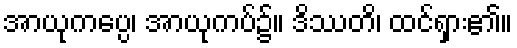
အာယုကပ္ပေ၊ အာယုကပ်၌။ ဒိဿတိ၊ ထင်ရှား၏။